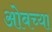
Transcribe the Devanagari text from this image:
ओबच्या